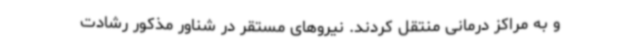
و به مراکز درمانی منتقل کردند. نیروهای مستقر در شناور مذکور رشادت